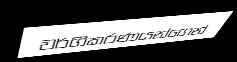
වර්ගීකරණයන්ගෙන්